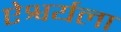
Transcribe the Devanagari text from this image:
ऐश्वर्यला